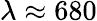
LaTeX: \lambda\approx 680